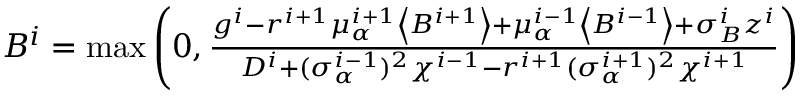
\begin{array} { r } { B ^ { i } = \operatorname* { m a x } \left( 0 , \frac { g ^ { i } - r ^ { i + 1 } \mu _ { \alpha } ^ { i + 1 } \left< B ^ { i + 1 } \right> + \mu _ { \alpha } ^ { i - 1 } \left< B ^ { i - 1 } \right> + \sigma _ { B } ^ { i } z ^ { i } } { D ^ { i } + ( \sigma _ { \alpha } ^ { i - 1 } ) ^ { 2 } \chi ^ { i - 1 } - r ^ { i + 1 } ( \sigma _ { \alpha } ^ { i + 1 } ) ^ { 2 } \chi ^ { i + 1 } } \right) } \end{array}